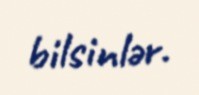
bilsinlər.